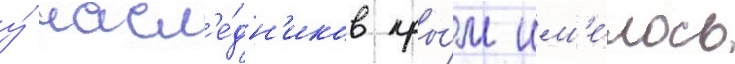
у́ насл'е́дн'иков кры́м им'е́лось